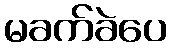
မခက်ခဲပေ